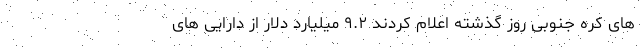
های کره جنوبی روز گذشته اعلام کردند ۹.۲ میلیارد دلار از دارایی های